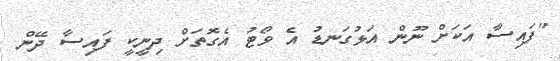
"ފައިސާ އަކަށް ނޫން އަޅުގަނޑު އެ ވޯޓު އެގޮތަށް ދިނީކީ ފައިސާ ދޭން